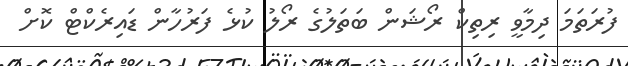
ފުރަތަމަ ދިމާވީ ރިތިކް ރޯޝަން ބަތަލުގެ ރޯލު ކުޅެ ފަރުހާން ޑައިރެކްޓް ކޮށް